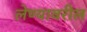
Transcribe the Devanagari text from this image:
लेण्यावरील